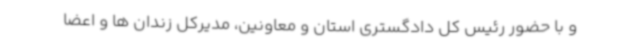
و با حضور رئیس کل دادگستری استان و معاونین، مدیرکل زندان ها و اعضا